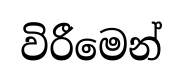
විරීමෙන්